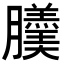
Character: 𦢹